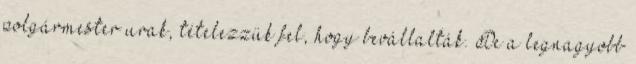
polgármester urak, tételezzük fel, hogy bevállalták. De a legnagyobb